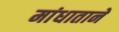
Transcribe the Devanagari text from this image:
मांधाताने